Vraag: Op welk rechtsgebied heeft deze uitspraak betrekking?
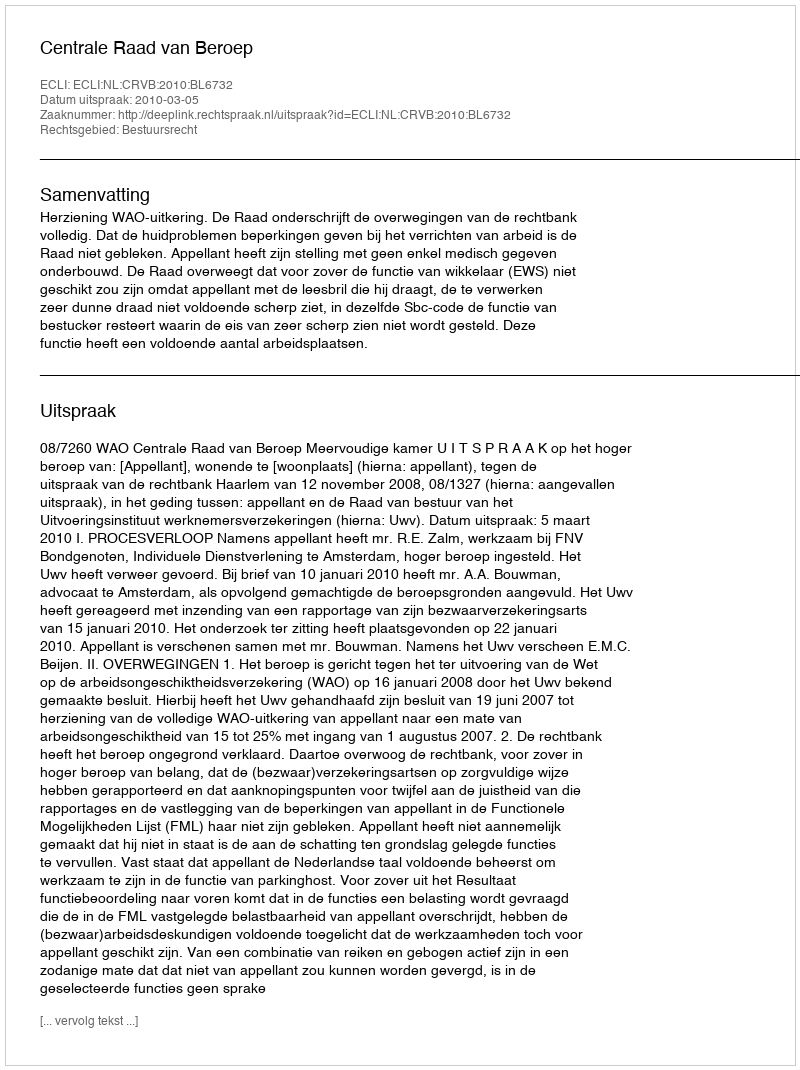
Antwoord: Bestuursrecht